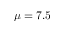
\mu = 7 . 5